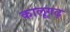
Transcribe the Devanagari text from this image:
कालूगढ़